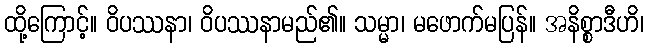
ထို့ကြောင့်။ ဝိပဿနာ၊ ဝိပဿနာမည်၏။ သမ္မာ၊ မဖောက်မပြန်။ အနိစ္စာဒီဟိ၊